kultuurilooline_kollektsioon, lk 14
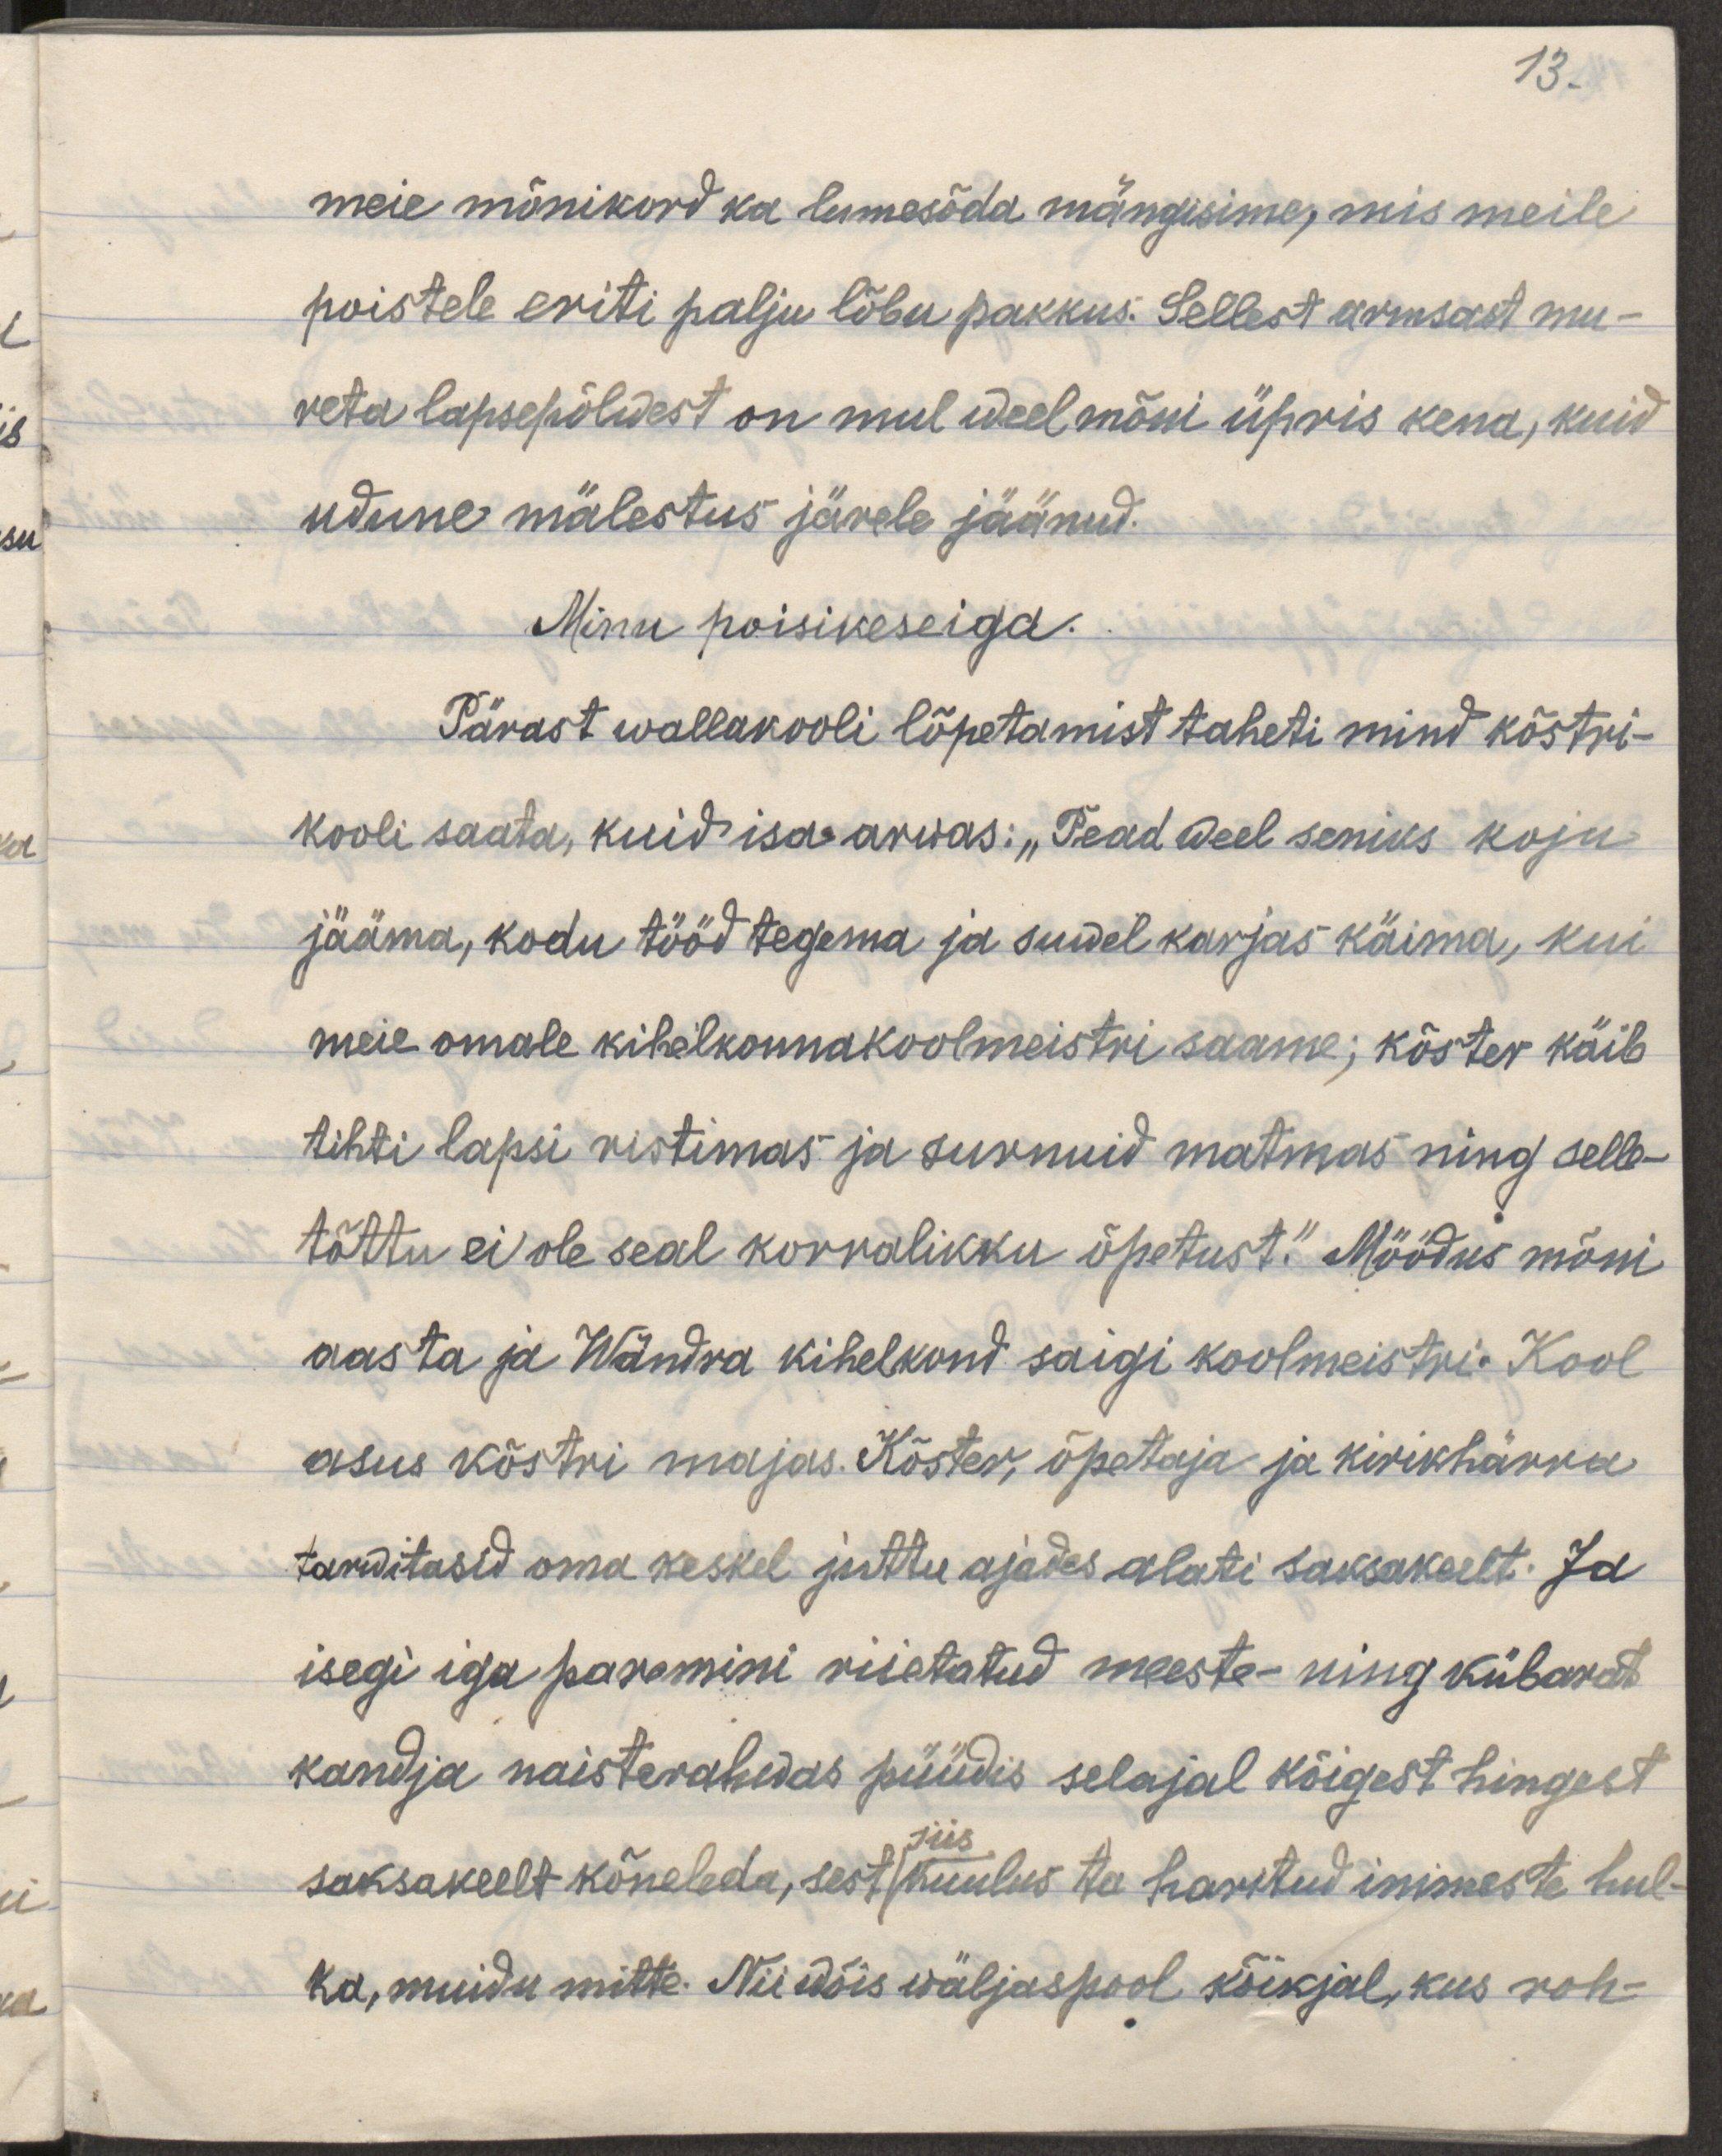
13.
meie mõnikord ka lumesõda mängisime, mis meile
poistele eriti palju lõbu pakkus. Sellest armsast su-
veta lapsepõlwest on mul weel mõni üpris kena, kuid
udune mälestus järele jäänud.
Minu poisikeseiga
Pärast wallakooli lõpetamist taheti mind kõstri-
kooli saata, kuid isa arvas: "Pead weel seniks koju
jääma, kodu tööd tegema, ja suwel karjas käima, kui
meie omale kihelkonnakoolmeistri saame; kõster käib
tihti lapsi ristimas ja surnuid matmas ning selle-
tõttu ei ole seal korralikku õpetust." Möödus mõni
aasta ja Wändra kihelkond saigi koolmeistri. Kool
asus kõstri majas. Kõster, õpetaja ja kirikhärra
tarwitasid oma keskel juttu ajades alati saksakeelt. Ja
isegi iga premini riietatud meeste- ning kübarat
kandja naisterahvas püüdis selajal kõigest hingest
siis
saksakeelt kõneleda, sest kuulus ta haritud inimeste hul-
ka, muidu mitte. Nii wõis väljaspool kõikjal, kus roh-